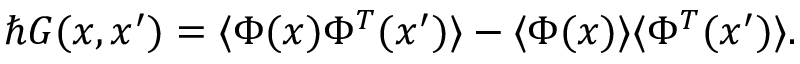
\hbar G ( x , x ^ { \prime } ) = \langle \Phi ( x ) \Phi ^ { T } ( x ^ { \prime } ) \rangle - \langle \Phi ( x ) \rangle \langle \Phi ^ { T } ( x ^ { \prime } ) \rangle .